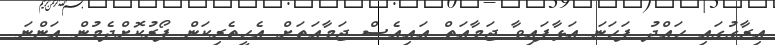
އިރާގުގައި ހައްދު ފަހަނަ އަޅާފައިވާ ޖަމާއަތް އައިއެސް ޖަމާއަތަށް އެހީތެރިކަން ފޯރުކޮށްދެމުން އަންނަ